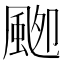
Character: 𱂾